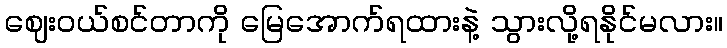
ဈေးဝယ်စင်တာကို မြေအောက်ရထားနဲ့ သွားလို့ရနိုင်မလား။